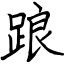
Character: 踉